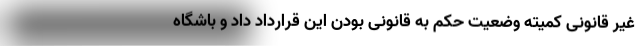
غیر قانونی کمیته وضعیت حکم به قانونی بودن این قرارداد داد و باشگاه